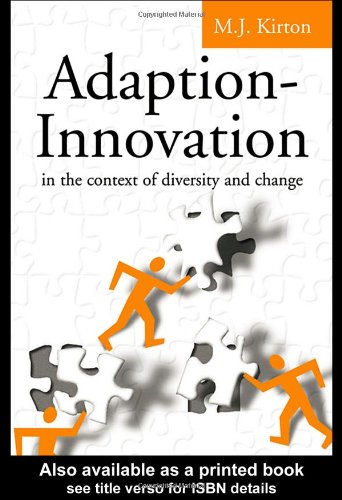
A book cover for Adaption-Innovation: In the Context of Diversity and Change; M.J. Kirton; Medical Books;